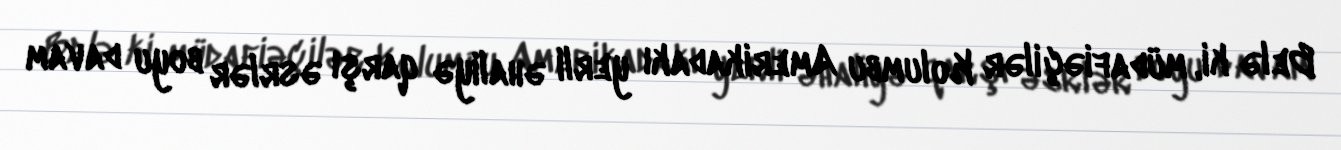
Belə ki, müdafiəçilər Kolumbu Amerikadakı yerli əhaliyə qarşı əsrlər boyu davam